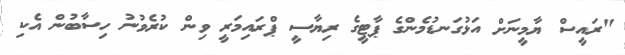
"ރައީސް ޔާމީނަށް އަޅުގަނޑުމެންގެ ޕާޓީގެ ރިޔާސީ ޕްރައިމަރީ ވިން ކުރެވުނު ހިސާބުން އެކި